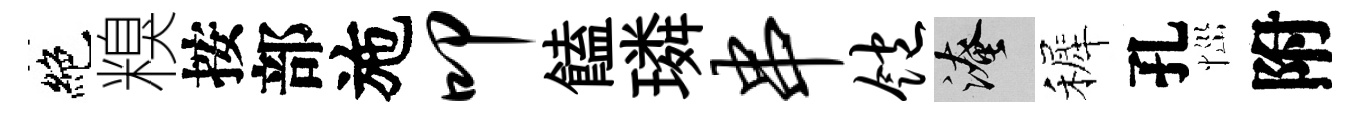
絶糗按部施叩饁璘串饱淹裤孔𢙉附